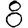
Digit: 8